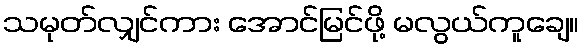
သမုတ်လျှင်ကား အောင်မြင်ဖို့ မလွယ်ကူချေ။